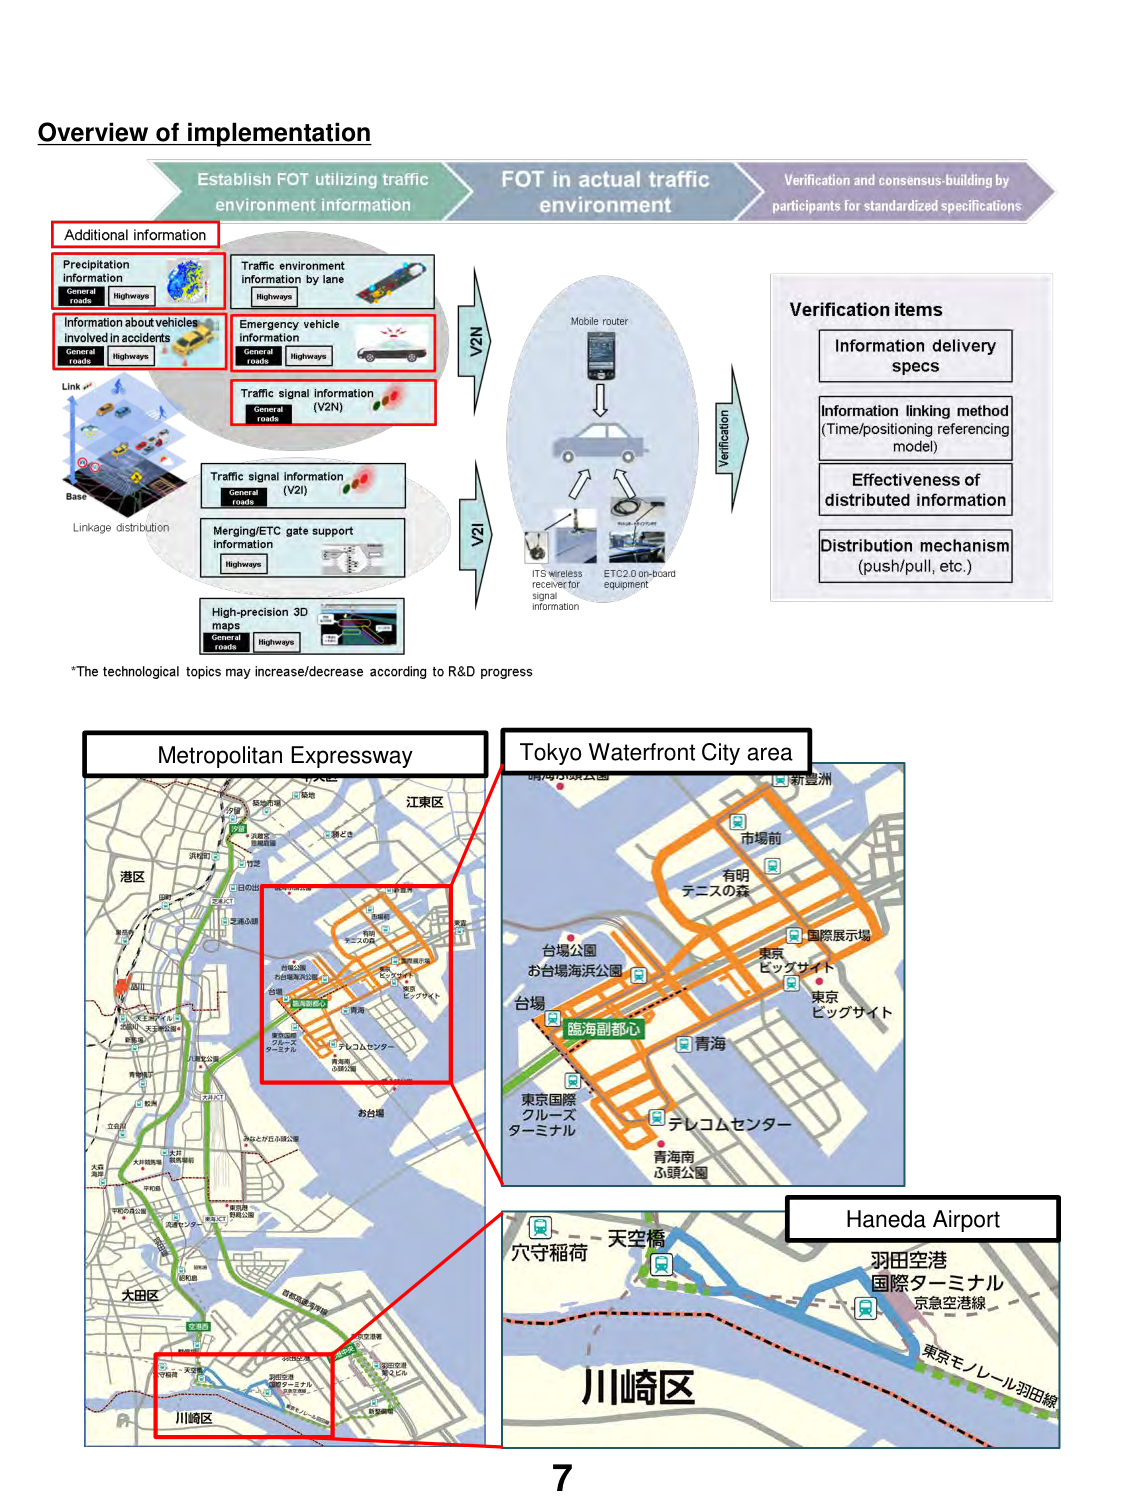
Overview of implementation

Establish FOT utilizing traffic environment information
FOT in actual traffic environment
Verification and consensus-building by participants for standardized specifications

Additional information
Precipitation information
General roads
Highways
Traffic environment information by lane
Highways
Information about vehicles involved in accidents
General roads
Highways
Emergency vehicle information
General roads
Highways
Traffic signal information (V2N)
General roads
Traffic signal information (V2I)
General roads
Merging/ETC gate support information
Highways
High-precision 3D maps
General roads
Highways
Linkage distribution
Base
Link
V2N
V2I
Mobile router
ITS wireless receiver for signal information
ETC2.0 on-board equipment
Verification
Verification items
Information delivery specs
Information linking method (Time/positioning referencing model)
Effectiveness of distributed information
Distribution mechanism (push/pull, etc.)

*The technological topics may increase/decrease according to R&D progress

Metropolitan Expressway
Tokyo Waterfront City area
港区
江東区
台場公園
お台場海浜公園
有明
テニスの森
市場前
新豊洲
国際展示場
東京
ビッグサイト
青海
臨海副都心
東京国際
クルーズ
ターミナル
テレコムセンター
青海南
ふ頭公園
川崎区
大田区
六反田
八重洲
羽田空港
国際ターミナル
京急空港線
東京モノレール羽田線
天空橋
六守稲荷
Haneda Airport
川崎区

7